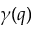
\gamma ( q )